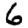
Digit: 6